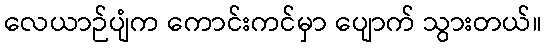
လေယာဉ်ပျံက ကောင်းကင်မှာ ပျောက် သွားတယ်။